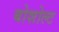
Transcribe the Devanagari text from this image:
बोशोल्ट